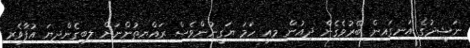
ނަޝީދުގެ އަނގައިން ބޭރުވެގެން ދިއުން މިއީ ހަމަ ޔަގީނުންވެސް ރައްޔިތުންނަށް ލިބިގެންދިޔަ އުފާވެރި